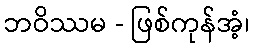
ဘဝိဿမ - ဖြစ်ကုန်အံ့၊